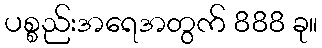
ပစ္စည်းအရေအတွက် 888 ခု။